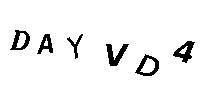
DAYVD4